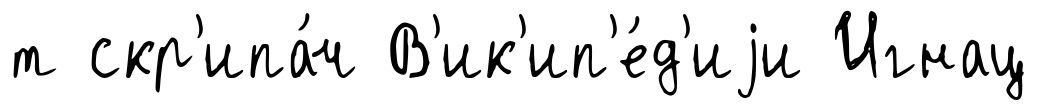
т скр'ипа́ч В'ик'ип'е́д'иjи Игнац